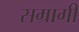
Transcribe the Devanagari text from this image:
सम्रागी